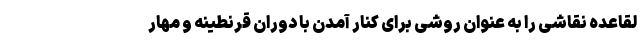
لقاعده نقاشی را به عنوان روشی برای کنار آمدن با دوران قرنطینه و مهار